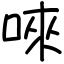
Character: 唻